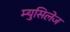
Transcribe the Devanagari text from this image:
म्युसिलेज